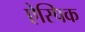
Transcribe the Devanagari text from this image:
ऐस्पिक